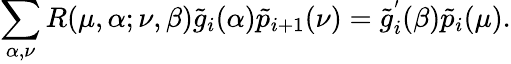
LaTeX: \sum_{\alpha,\nu}R(\mu,\alpha;\nu,\beta)\tilde{g}_{i}(\alpha)\tilde{p}_{i+1}(\nu)=\tilde{g}_{i}^{'}(\beta)\tilde{p}_{i}(\mu).